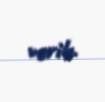
verib.